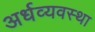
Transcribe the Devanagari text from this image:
अर्धव्यवस्था